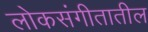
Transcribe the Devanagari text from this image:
लोकसंगीतातील